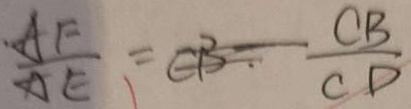
\frac { A F } { A E } = C B - \frac { C B } { C D }